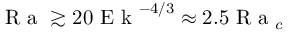
\textrm { R a } \gtrsim 2 0 \textrm { E k } ^ { - 4 / 3 } \approx 2 . 5 \textrm { R a } _ { c }